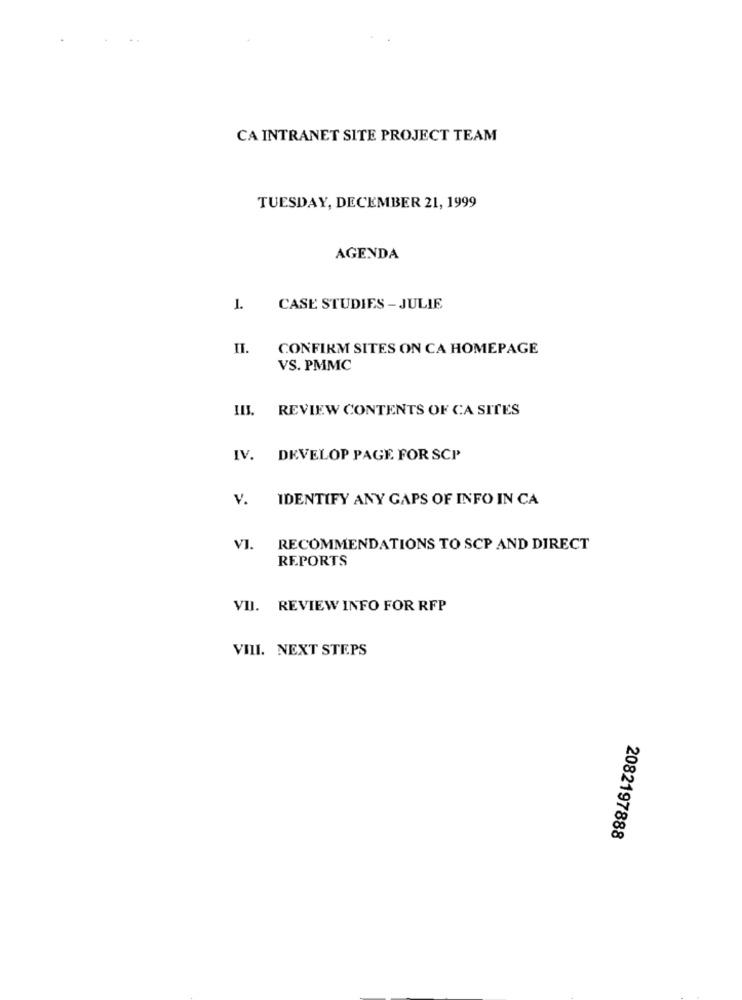
CA INTRANET SITE PROJECT TEAM
TUESDAY, DECEMBER 21, 1999
AGENDA
1.
CASE STUDIES - JULIE
II.
CONFIRM SITES ON CA HOMEPAGE
VS. PMMC
III. REVIEW CONTENTS OF CA SITES
IV. DEVELOP PAGE FOR SCP
v.
IDENTIFY ANY GAPS OF INFO IN CA
VI. RECOMMENDATIONS TO SCP AND DIRECT
REPORTS
VII. REVIEW INFO FOR RFP
VIII. NEXT STEPS
2082197888